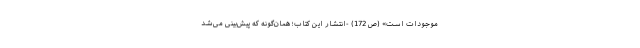
موجودات است» (ص 172) -انتشار این کتاب؛ همان‌گونه که پیش‌بینی می‌شد